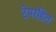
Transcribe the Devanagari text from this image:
टेपरहित